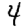
Digit: 4